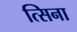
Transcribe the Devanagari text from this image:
त्सिना